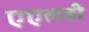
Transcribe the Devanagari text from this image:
एएलबी